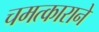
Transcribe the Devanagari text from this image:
चमत्काराने